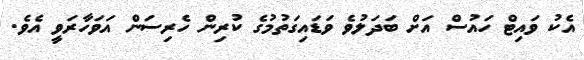
އެކު ވައިޓް ހައުސް އަށް ބަދަލުވެ ވަޑައިގަތުމުގެ ކުރިން ހެރިސަން އަވަހާރަވީ އެވެ.